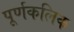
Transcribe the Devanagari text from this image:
पूर्णकलिक